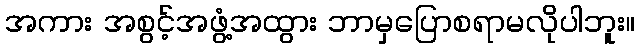
အကား အစွင့်အဖွံ့အထွား ဘာမှပြောစရာမလိုပါဘူး။